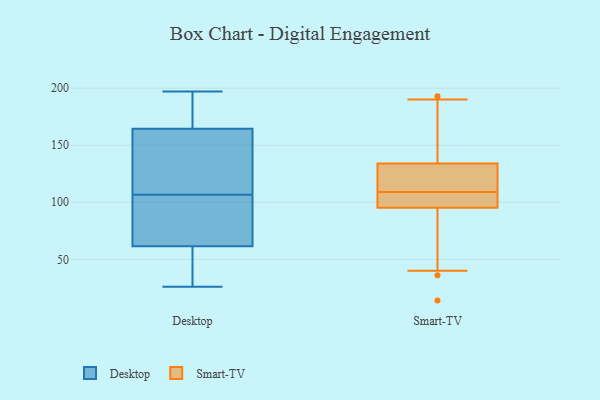
{"axis": {"x": "Waste Production (Tons)", "y": "Value"}, "legend": ["Desktop", "Smart-TV"], "data": [{"x": "", "y": 77, "type": "Desktop"}, {"x": "", "y": 86, "type": "Desktop"}, {"x": "", "y": 108, "type": "Desktop"}, {"x": "", "y": 142, "type": "Desktop"}, {"x": "", "y": 140, "type": "Desktop"}, {"x": "", "y": 197, "type": "Desktop"}, {"x": "", "y": 185, "type": "Desktop"}, {"x": "", "y": 171, "type": "Desktop"}, {"x": "", "y": 165, "type": "Desktop"}, {"x": "", "y": 42, "type": "Desktop"}, {"x": "", "y": 95, "type": "Desktop"}, {"x": "", "y": 105, "type": "Desktop"}, {"x": "", "y": 37, "type": "Desktop"}, {"x": "", "y": 182, "type": "Desktop"}, {"x": "", "y": 164, "type": "Desktop"}, {"x": "", "y": 39, "type": "Desktop"}, {"x": "", "y": 46, "type": "Desktop"}, {"x": "", "y": 26, "type": "Desktop"}, {"x": "", "y": 95, "type": "Desktop"}, {"x": "", "y": 139, "type": "Desktop"}, {"x": "", "y": 126, "type": "Smart-TV"}, {"x": "", "y": 157, "type": "Smart-TV"}, {"x": "", "y": 109, "type": "Smart-TV"}, {"x": "", "y": 193, "type": "Smart-TV"}, {"x": "", "y": 58, "type": "Smart-TV"}, {"x": "", "y": 14, "type": "Smart-TV"}, {"x": "", "y": 105, "type": "Smart-TV"}, {"x": "", "y": 117, "type": "Smart-TV"}, {"x": "", "y": 111, "type": "Smart-TV"}, {"x": "", "y": 108, "type": "Smart-TV"}, {"x": "", "y": 36, "type": "Smart-TV"}, {"x": "", "y": 128, "type": "Smart-TV"}, {"x": "", "y": 136, "type": "Smart-TV"}, {"x": "", "y": 95, "type": "Smart-TV"}, {"x": "", "y": 106, "type": "Smart-TV"}, {"x": "", "y": 190, "type": "Smart-TV"}, {"x": "", "y": 96, "type": "Smart-TV"}, {"x": "", "y": 154, "type": "Smart-TV"}, {"x": "", "y": 40, "type": "Smart-TV"}]}